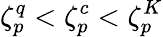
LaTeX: \zeta_{p}^{q}<\zeta_{p}^{c}<\zeta_{p}^{K}